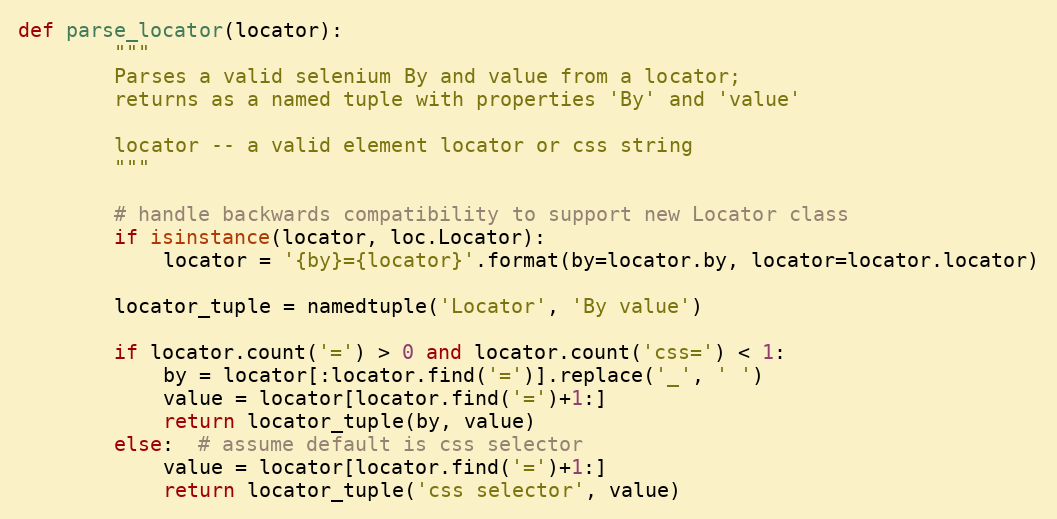
Language: Python
def parse_locator(locator):
        """
        Parses a valid selenium By and value from a locator;
        returns as a named tuple with properties 'By' and 'value'

        locator -- a valid element locator or css string
        """

        # handle backwards compatibility to support new Locator class
        if isinstance(locator, loc.Locator):
            locator = '{by}={locator}'.format(by=locator.by, locator=locator.locator)

        locator_tuple = namedtuple('Locator', 'By value')

        if locator.count('=') > 0 and locator.count('css=') < 1:
            by = locator[:locator.find('=')].replace('_', ' ')
            value = locator[locator.find('=')+1:]
            return locator_tuple(by, value)
        else:  # assume default is css selector
            value = locator[locator.find('=')+1:]
            return locator_tuple('css selector', value)